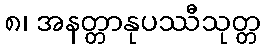
၈၊ အနတ္တာနုပဿီသုတ္တ